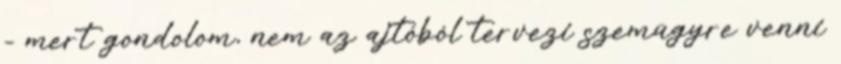
- mert gondolom, nem az ajtóból tervezi szemügyre venni